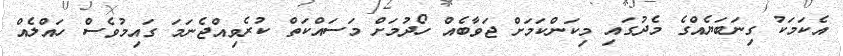
އެކަމަކު ގިނަބަޔެއްގެ މެދުގައި މިކަންކަމަށް ޖަވާބެއް ހޯދުމަށް މަސައްކަތް ކުރެވިއްޖެނަމަ ގައިމުވެސް ހައްލެއް